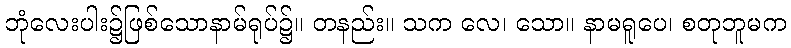
ဘုံလေးပါး၌ဖြစ်သောနာမ်ရုပ်၌။ တနည်း။ သက လေ၊ သော။ နာမရူပေ၊ စတုဘူမက